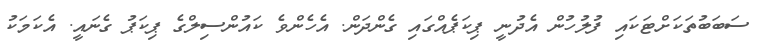
ސަބަބުތަކަށްޓަކައި ފުލުހުން އެދުނީ ޕިކަޕެއްގައި ގެންދަން. އެހެންވެ ކައުންސިލްގެ ޕިކަޕު ގެނައީ. އެކަމަކު